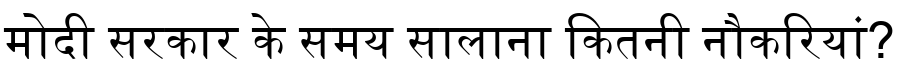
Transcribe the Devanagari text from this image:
मोदी सरकार के समय सालाना कितनी नौकरियां?